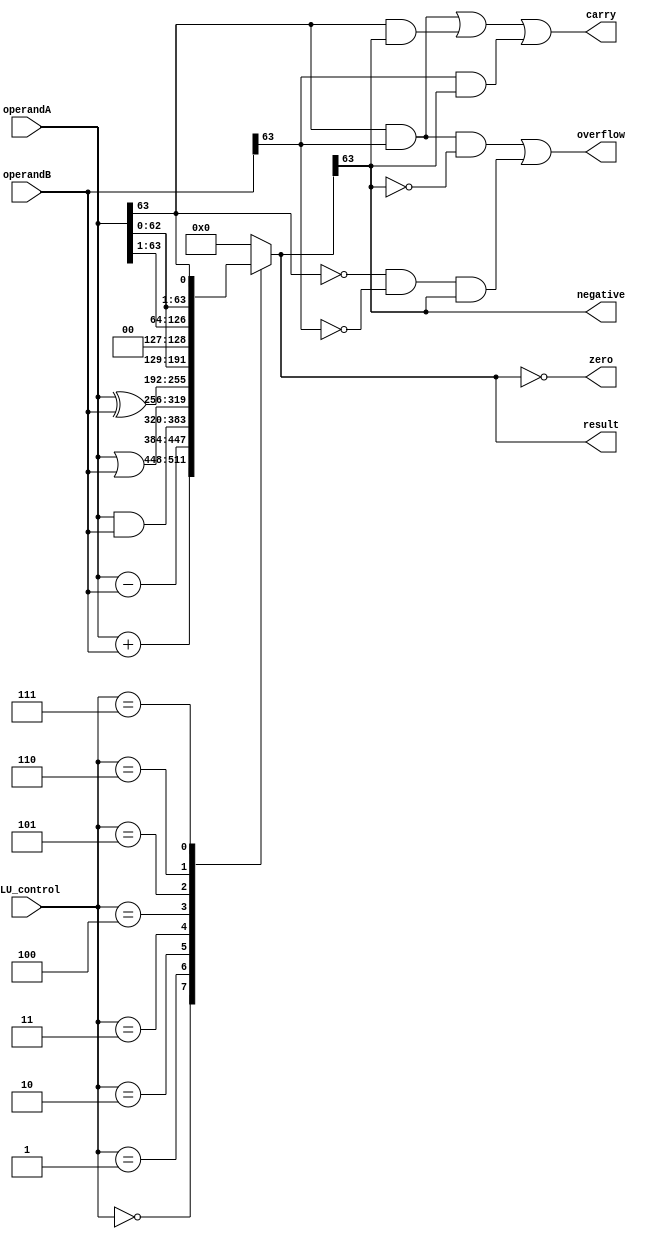
module ALU(
    input wire [63:0] operandA,
    input wire [63:0] operandB,
    input wire [3:0] ALU_control,
    output reg [63:0] result,
    output reg zero,
    output reg negative,
    output reg overflow,
    output reg carry
);

// Arithmetic and Logical Operations
always @(*)
begin
    case(ALU_control)
        4'b0000: result = operandA + operandB; // Addition
        4'b0001: result = operandA - operandB; // Subtraction
        4'b0010: result = operandA & operandB; // Bitwise AND
        4'b0011: result = operandA | operandB; // Bitwise OR
        4'b0100: result = operandA ^ operandB; // Bitwise XOR
        4'b0101: result = operandA << 1; // Shift Left by 1
        4'b0110: result = operandA >> 1; // Shift Right by 1
        4'b0111: result = {operandA[62:0], operandA[63]}; // Rotate Left by 1
        default: result = 64'b0; // Default is zero
    endcase
end

// Flags Calculation
always @(*)
begin
    zero = (result == 64'b0);
    negative = (result[63] == 1);
    overflow = ((operandA[63] == 1 && operandB[63] == 1 && result[63] == 0) || (operandA[63] == 0 && operandB[63] == 0 && result[63] == 1));
    carry = ((operandA[63] == 1 && operandB[63] == 1) || (operandA[63] == 1 && result[63] == 1) || (operandB[63] == 1 && result[63] == 1));
end

endmodule